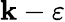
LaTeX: \mathbf{k}-\varepsilon